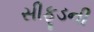
સીફૂડની